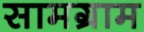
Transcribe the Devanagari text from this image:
सामग्राम